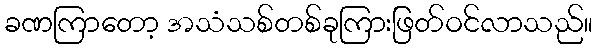
ခဏကြာတော့ အသံသစ်တစ်ခုကြားဖြတ်ဝင်လာသည်။